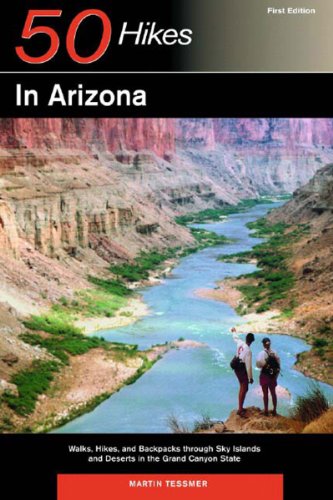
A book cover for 50 Hikes in Arizona: Walks, Hikes, and Backpacks through Sky Islands and Deserts in the Grand Canyon State; Martin Tessmer; Travel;